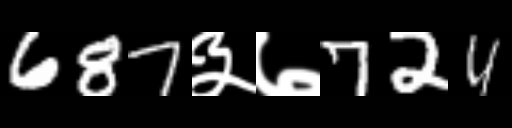
Text: 687३७724